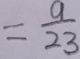
= \frac { 9 } { 2 3 }